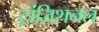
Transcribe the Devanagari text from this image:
ट्रांज़िशनल